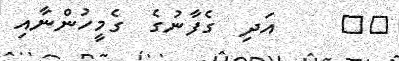
٤٣     އަދި  ގެފާނުގެ  ގެމީހުންނާއި